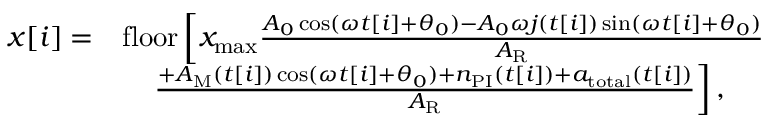
\begin{array} { r l } { x [ i ] = } & { \mathrm { f l o o r } \left[ x _ { \mathrm { m a x } } \frac { A _ { 0 } \cos ( \omega t [ i ] + \theta _ { 0 } ) - A _ { 0 } \omega j ( t [ i ] ) \sin ( \omega t [ i ] + \theta _ { 0 } ) } { A _ { \mathrm { R } } } \right. } \\ & { \left. \quad \frac { + A _ { \mathrm { M } } ( t [ i ] ) \cos ( \omega t [ i ] + \theta _ { 0 } ) + n _ { \mathrm { P I } } ( t [ i ] ) + a _ { \mathrm { t o t a l } } ( t [ i ] ) } { A _ { \mathrm { R } } } \right] , } \end{array}